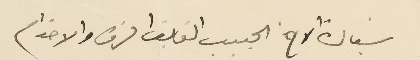
سيادة الاخ الحبيب الفائق الشرف والاحترام